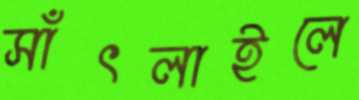
সাঁৎলাইলে